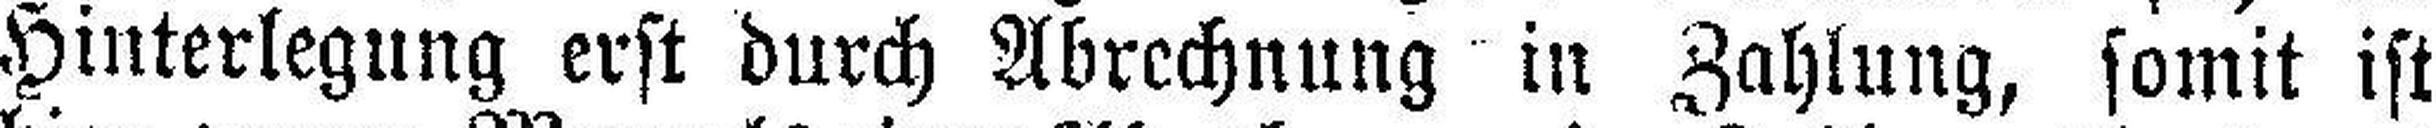
Hinterlegung erst durch Abrechnung in Zahlung, somit ist